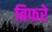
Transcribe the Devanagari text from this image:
बिफरे